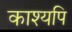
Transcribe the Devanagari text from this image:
काश्यपि